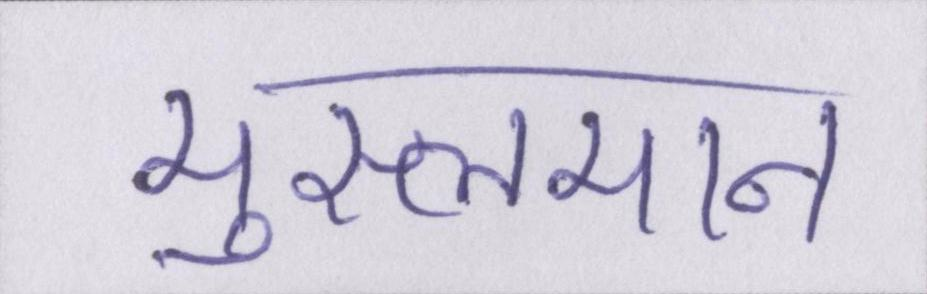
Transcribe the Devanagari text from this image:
मुस्लमान